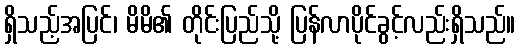
ရှိသည့်အပြင်၊ မိမိ၏ တိုင်းပြည်သို့ ပြန်လာပိုင်ခွင့်လည်းရှိသည်။